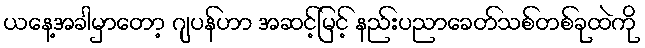
ယနေ့အခါမှာတော့ ဂျပန်ဟာ အဆင့်မြင့် နည်းပညာခေတ်သစ်တစ်ခုထဲကို